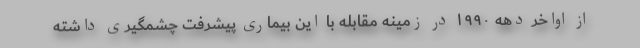
از اواخر دهه ۱۹۹۰ در زمینه مقابله با این بیماری پیشرفت چشمگیری داشته